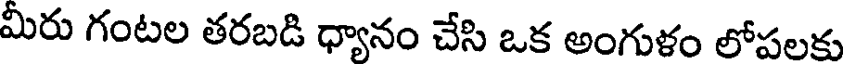
మీరు గంటల తరబడి ధ్యానం చేసి ఒక అంగుళం లోపలకు